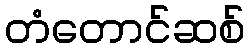
တံတောင်ဆစ်